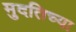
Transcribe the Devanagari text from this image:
मुदतिच्या